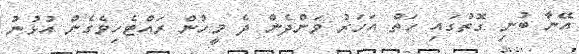
އޭނާ ބުނި ގޮތުގައި ހަތް އަހަރު ވަންދެން ދެ މީހުން ރައްޓެހިވެގެން އުޅުނު